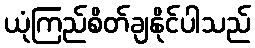
ယုံကြည်စိတ်ချနိုင်ပါသည်